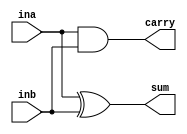
`timescale 1ns / 1ps

module half_adder(
    input ina, inb,
    output sum, carry
);

assign sum = ina ^ inb;
assign carry = ina & inb;

endmodule